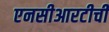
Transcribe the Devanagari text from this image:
एनसीआरटीची